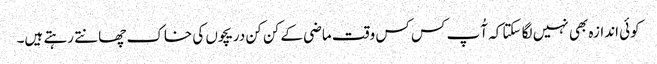
کوئی اندازہ بھی نہیں لگا سکتا کہ آُپ کس کس وقت ماضی کے کن کن دریچوں کی خاک چھانتے رہتے ہیں۔